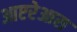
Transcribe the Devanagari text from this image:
आएरेआस